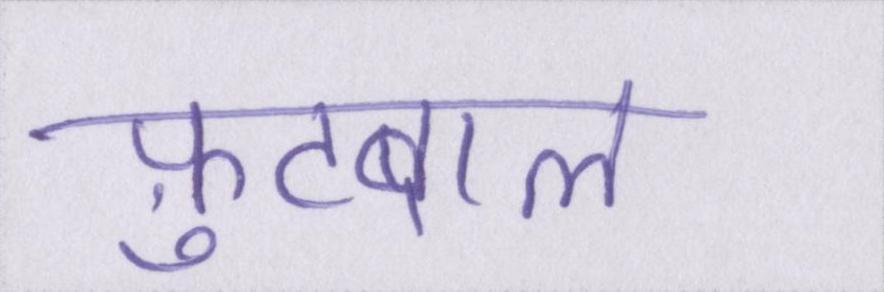
फ़ुटबाल